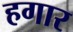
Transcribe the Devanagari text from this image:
हगार